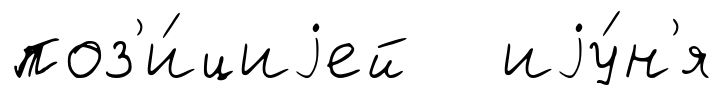
поз'и́циjей иjу́н'я